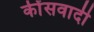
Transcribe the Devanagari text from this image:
कींसवादी